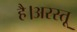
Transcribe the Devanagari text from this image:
है।अरस्तू